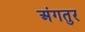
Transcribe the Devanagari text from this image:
अंगतुर